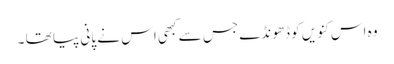
وہ اس کنویں کو ڈھونڈے جس سے کبھی اس نے پانی پیا تھا ۔